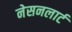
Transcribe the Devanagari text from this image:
नेसनलार्ट